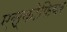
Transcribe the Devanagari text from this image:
एस्कोफियर